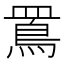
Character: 𪾖